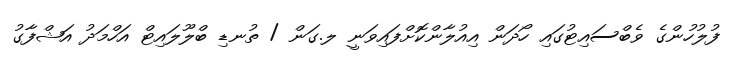
ފުލުހުންގެ ވެބްސައިޓުގައި ހޯދަން އިއުލާންކޮށްފައިވަނީ ލ.ގަން / ތުނޑި ބްލޫލައިޓް އަހްމަދު އަޝްފާގު